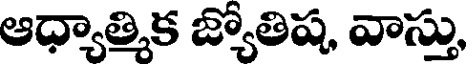
ఆధ్యాత్మిక జ్యోతిష, వాస్తు,